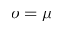
o = \mu